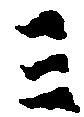
三